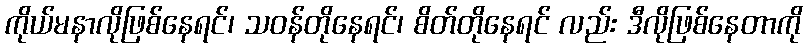
ကိုယ်မနာလိုဖြစ်နေရင်၊ သဝန်တိုနေရင်၊ စိတ်တိုနေရင် လည်း ဒီလိုဖြစ်နေတာကို